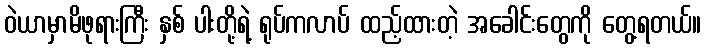
ဝဲယာမှာမိဖုရားကြီး နှစ် ပါးတို့ရဲ့ ရုပ်ကလာပ် ထည့်ထားတဲ့ အခေါင်းတွေကို တွေ့ရတယ်။